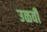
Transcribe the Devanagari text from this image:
उळवी